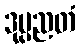
ဒုပ္ပညတံ